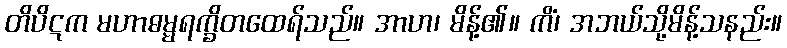
တိပိဋက မဟာဓမ္မရက္ခိတထေရ်သည်။ အာဟ၊ မိန့်၏။ ကိံ၊ အဘယ်သို့မိန့်သနည်း။